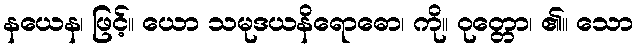
နယေန၊ ဖြင့်။ ယော သမုဒယနိရောဓော၊ ကို။ ဝုတ္တော၊ ၏။ သော